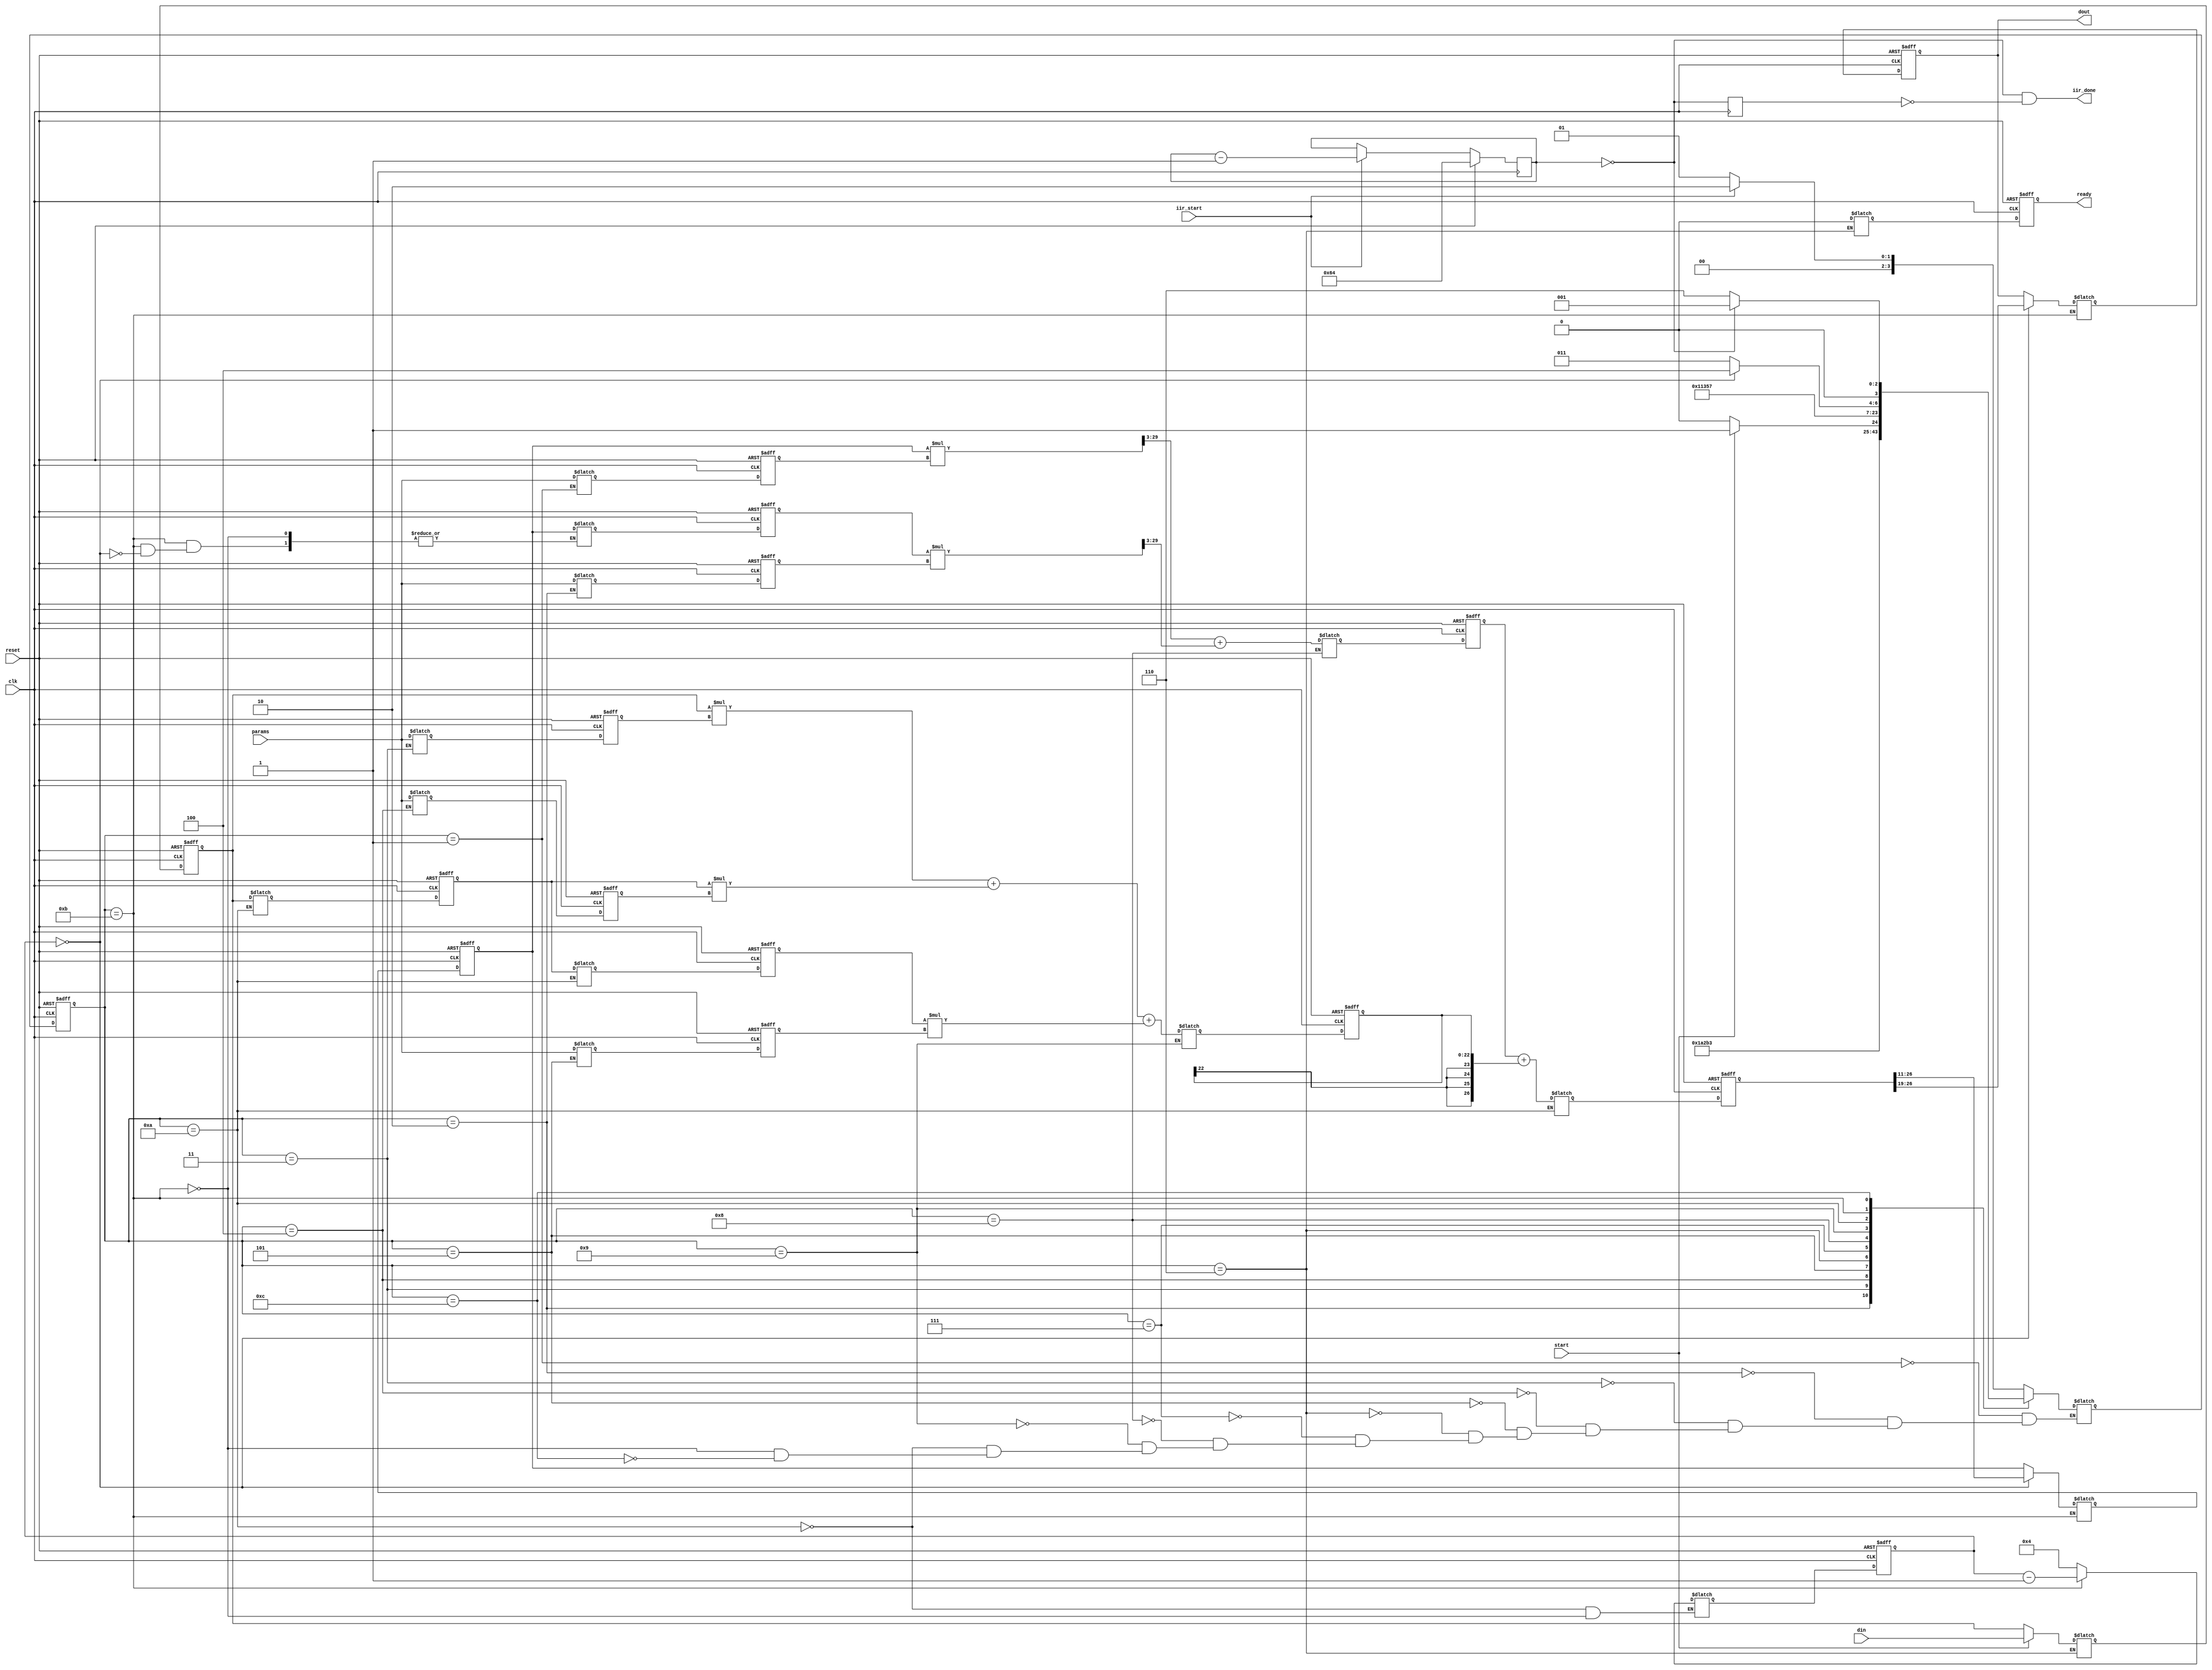
// This program was cloned from: https://github.com/lnis-uofu/SOFA
// License: MIT License

module iir (clk, reset, start, din, params, dout, ready,iir_start,iir_done);
input clk, reset, start;
input [7:0] din;
input [15:0] params;
output [7:0] dout;
reg [7:0] dout;
output ready;
reg ready;
reg temp_ready;
reg [6:0] finite_counter;
wire count0;
input iir_start;
output iir_done;
wire iir_done;
reg del_count0;

reg [15:0] a1, a2, b0, b1, b2, yk1, yk2;
reg [7:0] uk, uk1, uk2 ;
reg [28:0] ysum ;
reg [26:0] yk ;
reg [22:0] utmp;
reg [3:0] wait_counter ;
// temporary variable
wire [31:0] yo1, yo2;
//wire [23:0] b0t, b1t, b2t;
wire [22:0] b0t, b1t, b2t;
wire [22:0] b0tpaj, b1tpaj, b2tpaj;

reg [3:0] obf_state, obf_next_state ;

reg [7:0] temp_uk, temp_uk1, temp_uk2 ;
reg [15:0] temp_a1, temp_a2, temp_b0, temp_b1, temp_b2, temp_yk1, temp_yk2;
reg [28:0] temp_ysum ;
reg [26:0] temp_yk ;
reg [22:0] temp_utmp;
reg [7:0] temp_dout;
reg [3:0] temp_wait_counter ;

parameter 
idle = 4'b0001 ,
load_a2 = 4'b0010 ,
load_b0 = 4'b0011 ,
load_b1 = 4'b0100 ,
load_b2 = 4'b0101 ,
wait4_start = 4'b0110 , 
latch_din = 4'b0111 ,
compute_a = 4'b1000 ,
compute_b = 4'b1001 ,
compute_yk = 4'b1010 ,
wait4_count = 4'b1011 ,
latch_dout = 4'b1100 ;

always @(obf_state or start or din or wait_counter or iir_start or count0) 
begin
	case (obf_state ) 
		idle : 
			begin
				if (iir_start)
					obf_next_state = load_a2 ;
				else
					obf_next_state = idle;
				temp_a1 = params ; 
			end
		load_a2 :
			begin
				 obf_next_state = load_b0 ;
				 temp_a2 = params ; 
			end
		load_b0 : 
			begin
				obf_next_state = load_b1 ;
				temp_b0 = params ; 
			end
		load_b1 : 
			begin
				obf_next_state = load_b2 ;
				temp_b1 = params ; 
			end
		load_b2 : 
			begin
				obf_next_state = wait4_start ;
				temp_b2 = params ; 
			end
		wait4_start : 
			begin
				if (start)
				begin
					obf_next_state = latch_din ;
					temp_uk = din ; 
				end
				else
				begin
					obf_next_state = wait4_start ;
					temp_uk = uk;
				end
				temp_ready = wait4_start;
			end
		latch_din : 
			begin
				obf_next_state = compute_a ;
			end
		compute_a : 
			begin
				obf_next_state = compute_b ;

				temp_ysum = yo1[31:3] + yo2[31:3];
			end
		compute_b : 
			begin
				obf_next_state = compute_yk ;

//				temp_utmp = b0t[23:0] + b1t[23:0] + b2t[23:0];
				temp_utmp = b0t + b1t + b2t;
			end
		compute_yk : 
			begin
				obf_next_state = wait4_count ;
				temp_uk1 = uk ;
				temp_uk2 = uk1 ;
				temp_yk = ysum[26:0] + {utmp[22], utmp[22], utmp[22], utmp[22], utmp};
				temp_wait_counter = 4 ;
			end

		wait4_count : 
			begin
				if (wait_counter==0 )
				begin
					obf_next_state = latch_dout ;

					temp_dout = yk[26:19];
					temp_yk1 = yk[26:11] ;
					temp_yk2 = yk1 ;
				end
				else
				begin
					obf_next_state = wait4_count ; 
					temp_dout = dout;
					temp_yk1 = yk1;
					//temp_yk2 = yk2;
				end

				temp_wait_counter = wait_counter - 1;
			end
		latch_dout : 
				if (count0)
					obf_next_state = idle;
				else 
					obf_next_state = wait4_start ;
	endcase
end 



//assign yo1 = mul_tc_16_16(yk1, a1, clk);
assign yo1 = yk1 * a1;
//assign yo2 = mul_tc_16_16(yk2, a2, clk);
assign yo2 = yk2*a2;
//assign b0t = mul_tc_8_16(uk, b0, clk);
//assign b1t = mul_tc_8_16(uk1, b1, clk);
//assign b2t = mul_tc_8_16(uk2, b2, clk);
assign b0t = uk*b0;
assign b1t = uk1*b1;
assign b2t = uk2*b2;
// paj added to solve unused high order bit
assign b0tpaj = b0t;
assign b1tpaj = b1t;
assign b2tpaj = b2t;

// A COEFFICENTS
always @(posedge clk or posedge reset) begin
	if (reset ) begin
		uk <= 0 ;
		uk1 <= 0 ;
		uk2 <= 0 ;
		yk1 <= 0 ;
		yk2 <= 0 ;
		yk <= 0 ;
		ysum <= 0 ;
		utmp <= 0 ;
		a1 <= 0 ;
		a2 <= 0 ;
		b0 <= 0 ;
		b1 <= 0 ;
		b2 <= 0 ;
		dout <= 0 ;
		obf_state <= idle ;
		ready <= 0;
	end
	else begin
		obf_state <= obf_next_state ;
			uk1 <= temp_uk1;
			uk2 <= temp_uk2;
			yk <= temp_yk;
			uk <= temp_uk ;
			a1 <= temp_a1 ; 
			a2 <= temp_a2 ; 
			b0 <= temp_b0 ; 
			b1 <= temp_b1 ; 
			b2 <= temp_b2 ; 
			ysum <= temp_ysum;
			utmp <= temp_utmp;
			dout <= temp_dout;
			yk1 <= temp_yk1;
			yk2 <= temp_yk2;
			ready <= temp_ready;
	end
end

// wait counter, count 4 clock after sum is calculated, to 
// time outputs are ready, and filter is ready to accept next
// input
always @(posedge clk or posedge reset ) begin
	if (reset )
		wait_counter <= 0 ;
	else begin
		wait_counter <= temp_wait_counter ;
	end
end

always @(posedge clk) begin
	if (reset)
		finite_counter<=100;
	else 
		if (iir_start) 
			finite_counter<=finite_counter -1;
		else 
			finite_counter<=finite_counter;
end

assign count0=finite_counter==7'b0;

always @(posedge clk) begin
	del_count0 <= count0;
end

assign iir_done = (count0 && ~del_count0); 

endmodule